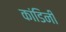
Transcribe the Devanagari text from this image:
कांडिनी